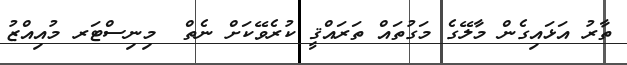
ތާރު އަޅައިގެން މާލޭގެ މަގުތައް ތަރައްޤީ ކުރެވޭކަށް ނެތް  މިނިސްޓަރ މުއިއްޒު